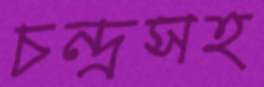
চন্দ্রসহ